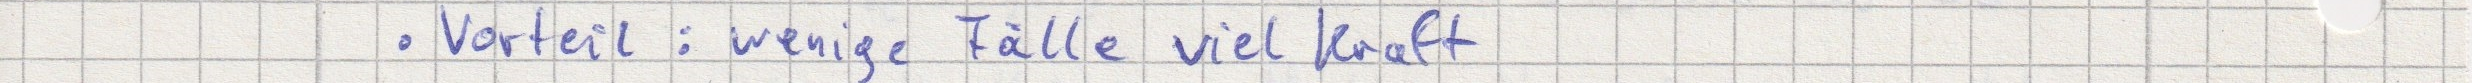
- Vorteil: wenige Fälle viel Kraft